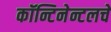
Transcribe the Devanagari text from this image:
कॉन्टिनेन्टलचे